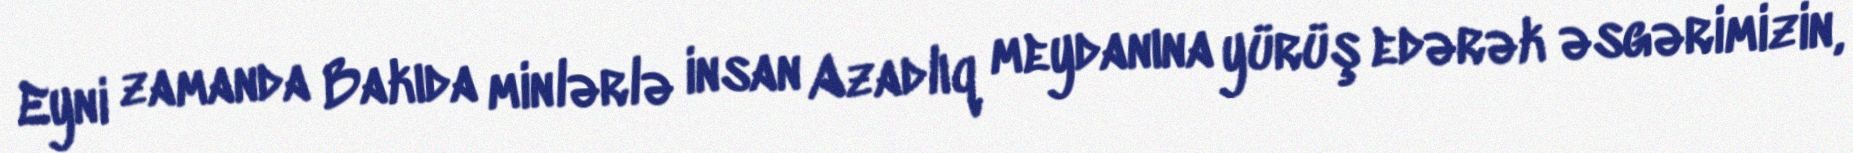
Eyni zamanda Bakıda minlərlə insan Azadlıq meydanına yürüş edərək əsgərimizin,